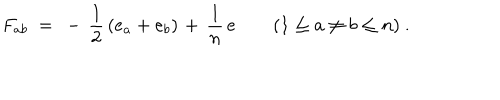
LaTeX: F _ { a b } ~ = ~ - \, { \frac { 1 } { 2 } } \left( e _ { a } + e _ { b } \right) \; \! + \, { \frac { 1 } { n } } \, e \qquad ( 1 \leq a \neq b \leq n ) ~ .